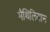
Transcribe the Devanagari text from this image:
मैथिलियान